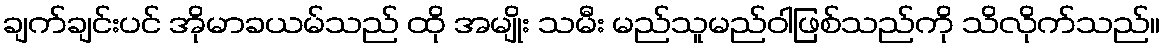
ချက်ချင်းပင် အိုမာခယမ်သည် ထို အမျိုး သမီး မည်သူမည်ဝါဖြစ်သည်ကို သိလိုက်သည်။